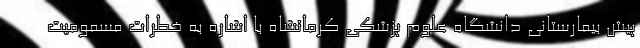
پیش بیمارستانی دانشگاه علوم پزشکی کرمانشاه با اشاره به خطرات مسمومیت